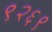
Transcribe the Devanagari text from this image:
९२६९